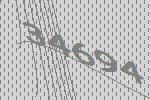
34694